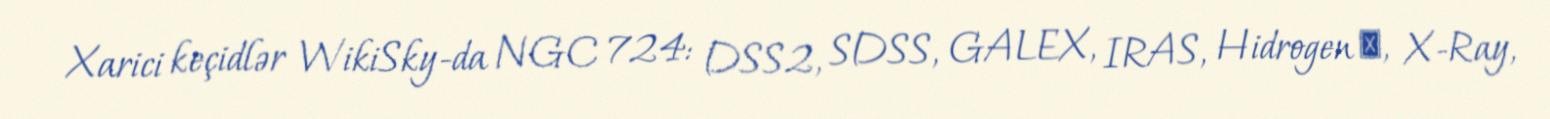
Xarici keçidlər WikiSky-da NGC 724: DSS2, SDSS, GALEX, IRAS, Hidrogen α, X-Ray,